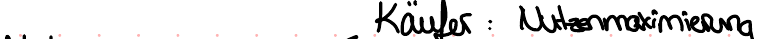
Käufer : Nutzenmaximierung